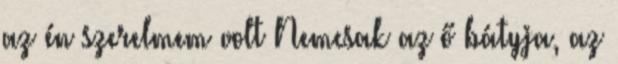
az én szerelmem volt Nemcsak az ő bátyja, az